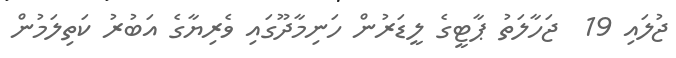
ޖުލައި 19  ޖަހާލަތު ޕާޓީގެ ލީޑަރުން ހަނިމާދޫގައި ވެރިޔާގެ އަބުރު ކަތިލަމުން